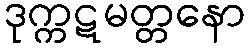
ဒုက္ကဋမတ္တနော